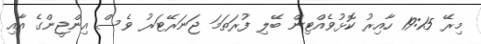
މިރޭ 19:15 ހާއިރު ކޮޅުވެއްޓިން ބޭލި ފުރަތަމަ ޖަނަރޭޓަރު ވެސް އިންޖީންގެ އާއި